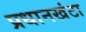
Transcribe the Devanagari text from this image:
प्रधानखंटा